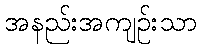
အနည်းအကျဉ်းသာ